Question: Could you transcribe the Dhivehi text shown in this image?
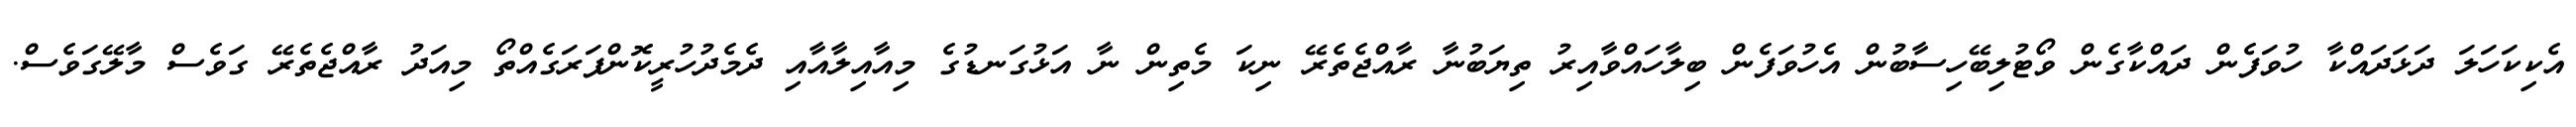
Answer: އެކިކަހަލަ ދަޅަދައްކާ ހުވަފެން ދައްކާގެން ވޯޓުލިބޭހިސާބުން އެހުވަފެން ބިލާހައްވާއިރު ތިޔަބުނާ ރާއްޖެތެރޭ ނިކަ މެތިން ނާ އަޅުގަނޑުގެ މިއާއިލާއާއި ދެމެދުހުރީކޮންފަރަގެއްތޯ މިއަދު ރާއްޖެތެރޭ ގަވެސް މާލޭގަވެސް.